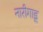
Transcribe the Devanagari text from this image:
नारीगाडू